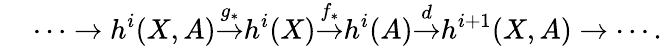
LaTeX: {}\quad\cdots\to h^{i}(X,A){\overset{g_{*}}{\to}}h^{i}(X){\overset{f_{*}}{\to}}h^{i}(A){\overset{d}{\to}}h^{i+1}(X,A)\to\cdots.